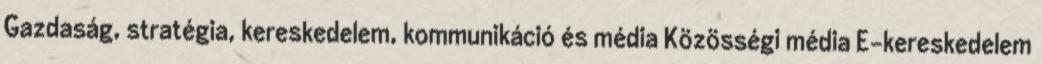
Gazdaság, stratégia, kereskedelem, kommunikáció és média Közösségi média E-kereskedelem